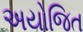
અયોજિત